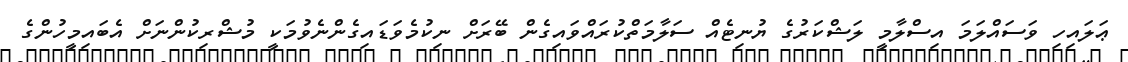
ޢަލައިހި ވަސައްލަމަ އިސްލާމީ ލަޝްކަރުގެ ޔުނިޓެއް ސަލާމަތްކުރައްވައިގެން ބޭރަށް ނިކުމެވަޑައިގެންނެވުމަކީ މުޝްރިކުންނަށް އެބައިމީހުންގެ